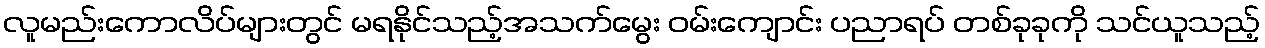
လူမည်းကောလိပ်များတွင် မရနိုင်သည့်အသက်မွေး ဝမ်းကျောင်း ပညာရပ် တစ်ခုခုကို သင်ယူသည့်